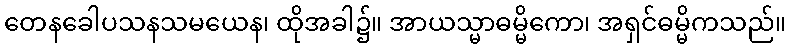
တေနခေါပသနသမယေန၊ ထိုအခါ၌။ အာယသ္မာဓမ္မိကော၊ အရှင်ဓမ္မိကသည်။